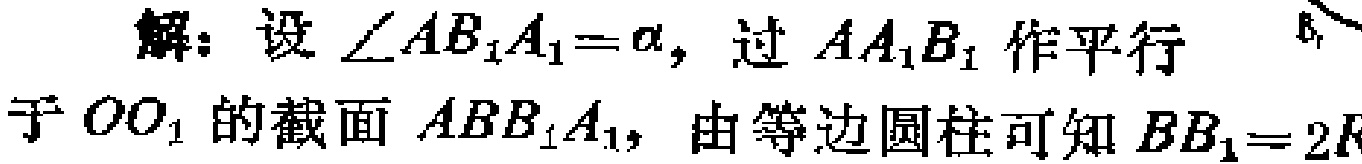
解：设\(\angle AB_{1}A_{1}=\alpha\)，过\(AA_{1}B_{1}\)作平行于\(OO_{1}\)的截面\(ABB_{1}A_{1}\)，由等边圆柱可知\(BB_{1}=2R\)